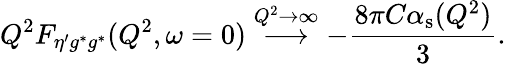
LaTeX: Q^{2}F_{\eta^{\prime}g^{*}g^{*}}(Q^{2},\omega=0)\stackrel{Q^{2}\to\infty}{\longrightarrow}-\frac{8\pi C\alpha_{\mathrm{s}}(Q^{2})}{3}.